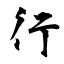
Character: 行